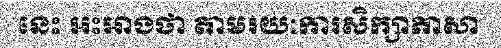
នេះ អះអាងថា តាមរយៈការសិក្សាភាសា